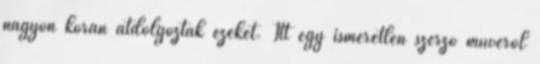
nagyon korán átdolgozták ezeket. Itt egy ismeretlen szerző művéről